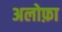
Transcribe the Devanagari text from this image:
अलोफ़ा